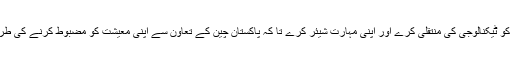
انہوں نے کہا کہ چین پاکستان کو ٹیکنالوجی کی منتقلی کرے اور اپنی مہارت شیئر کرے تا کہ پاکستان چین کے تعاون سے اپنی معیشت کو مضبوط کرنے کی طرف مثبت پیش رفت کر سکے۔